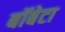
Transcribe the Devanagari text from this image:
बॉबेटा